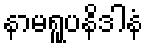
နာမရူပနိဒါနံ